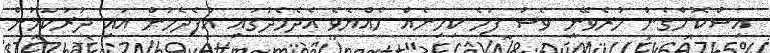
އިސްކޮށްގެން ހުރެވޭނީ ވެސް ފަހެ ކިހިނެއް ހެއްޔެވެ އެދެމެދުގައި އުފެދެމުން އައި ދުރުކަމުން